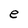
Character: e